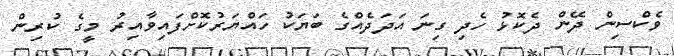
ވެކްސިން ދޭން ދެކޮޅު ހެދި ގިނަ އަދަދެއްގެ ބަޔަކު ހައްޔަރުކޮށްފައިވާއިރު މީގެ ކުރިން